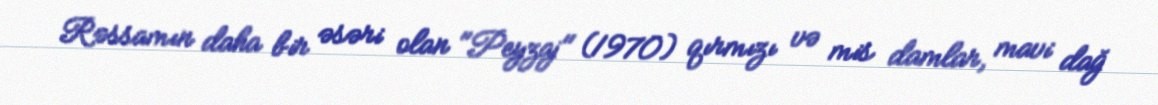
Rəssamın daha bir əsəri olan "Peyzaj" (1970) qırmızı və mis damlar, mavi dağ